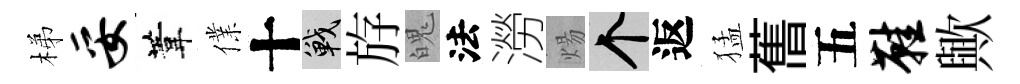
梯妥葦㒒十戰斿魄法澇煬个返猛𦾔五鞋歟